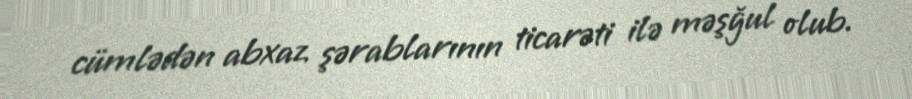
cümlədən abxaz şərablarının ticarəti ilə məşğul olub.